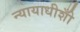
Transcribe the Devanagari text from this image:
न्यायाधीशोँ